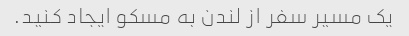
یک مسیر سفر از لندن به مسکو ایجاد کنید.